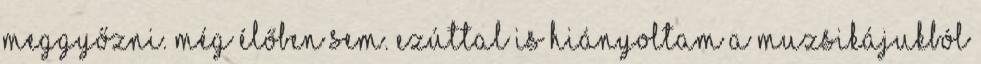
meggyőzni. Még élőben sem. Ezúttal is hiányoltam a muzsikájukból